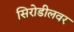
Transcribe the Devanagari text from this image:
सिरोडीलवर